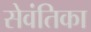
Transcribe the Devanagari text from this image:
सेवंतिका